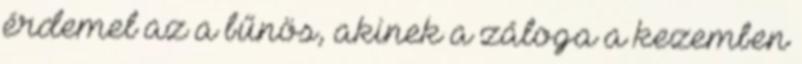
érdemel az a bűnös, akinek a záloga a kezemben